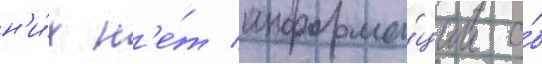
н'и́х н'е́т информа́ции о́б